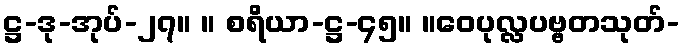
ဋ္ဌ-ဒု-အုပ်-၂၇။ ။ စရိယာ-ဋ္ဌ-၄၅။ ။ဝေပုလ္လပဗ္ဗတသုတ်-